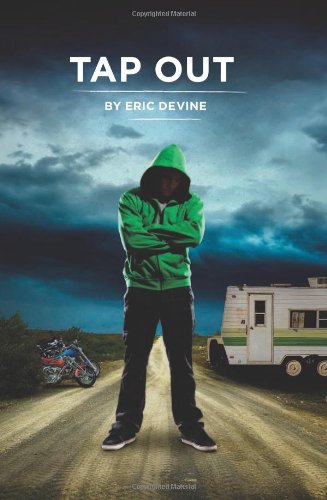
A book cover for Tap Out; Eric Devine; Sports & Outdoors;